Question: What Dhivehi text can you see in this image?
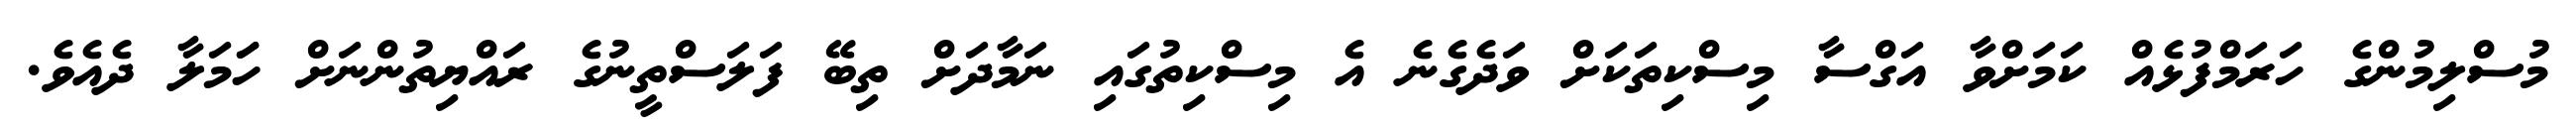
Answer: މުސްލިމުންގެ ހަރަމްފުޅެއް ކަމަށްވާ އަގްސާ މިސްކިތަކަށް ވަދެގެނެ އެ މިސްކިތުގައި ނަމާދަށް ތިބޭ ފަލަސްތީނުގެ ރައްޔިތުންނަށް ހަަމަލާ ދެއެވެ.